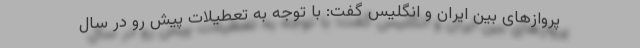
پروازهای بین ایران و انگلیس گفت: با توجه به تعطیلات پیش رو در سال